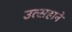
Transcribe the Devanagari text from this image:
उत्सहाने